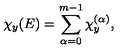
\chi _ { y } ( E ) = \sum _ { \alpha = 0 } ^ { m - 1 } \chi _ { y } ^ { ( \alpha ) } ,